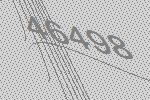
46498